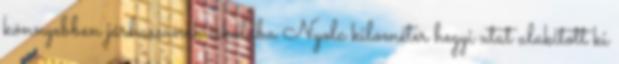
könnyebben járhassanak iskolába Nyolc kilométer hegyi utat alakított ki